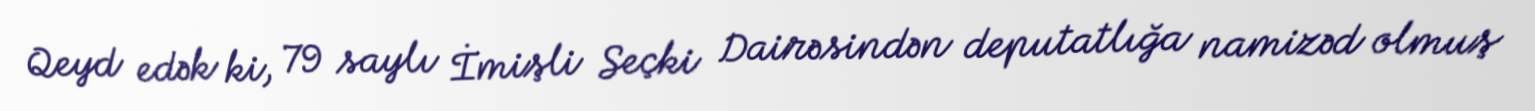
Qeyd edək ki, 79 saylı İmişli Seçki Dairəsindən deputatlığa namizəd olmuş